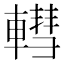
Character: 轊